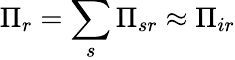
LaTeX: \Pi_{r}=\sum_{s}\Pi_{sr}\approx\Pi_{ir}